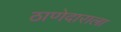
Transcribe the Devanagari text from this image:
ठाणेदाराला